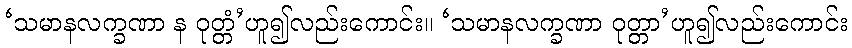
‘သမာနလက္ခဏာ န ဝုတ္တံ’ဟူ၍လည်းကောင်း။ ‘သမာနလက္ခဏာ ဝုတ္တာ’ဟူ၍လည်းကောင်း